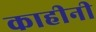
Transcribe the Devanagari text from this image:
काहीनी